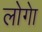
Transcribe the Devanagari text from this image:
लोगेा